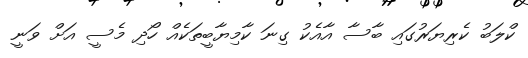
ކްލަބު ކެރިޔަރުގައި ބާސާ އާއެކު ގިނަ ކާމިޔާބީތަކެއް ހޯދި މެސީ އަށް ވަނީ